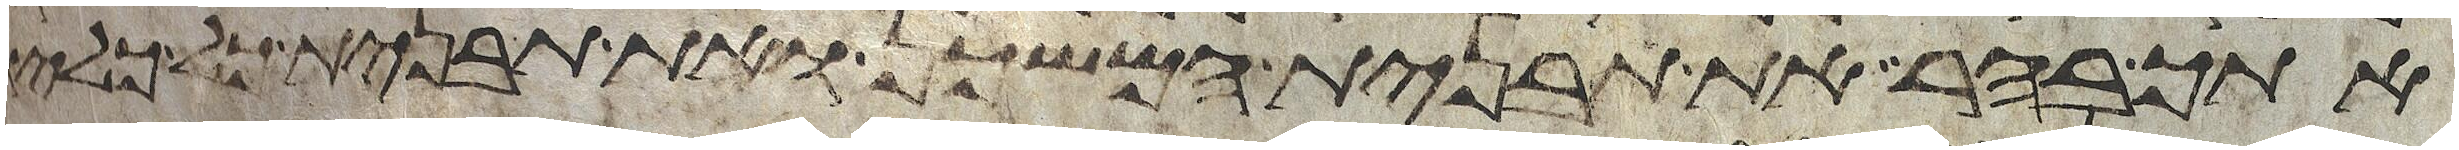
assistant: אתך בהר את תבנית המשכן ואת תבנית כל כליו